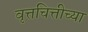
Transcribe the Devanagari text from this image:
वृत्तचित्तीच्या